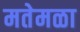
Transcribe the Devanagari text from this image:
मतेमळा